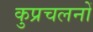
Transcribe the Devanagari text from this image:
कुप्रचलनों